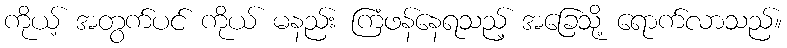
ကိုယ့် အတွက်ပင် ကိုယ် မနည်း ကြံဖန်နေရသည့် အခြေသို့ ရောက်လာသည်။